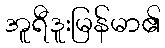
အူရီဒူးမြန်မာ၏